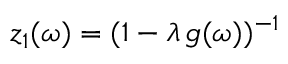
z _ { 1 } ( \omega ) = ( 1 - \ensuremath { \lambda } \, g ( \omega ) ) ^ { - 1 }